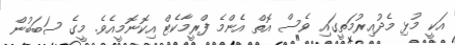
އަކީ މުޅި މެދުއިރުމަތީގައި ވެސް އޮތް އެންމެ ފްރީމާކެޓް އިކޮނޮމީއެވެ. މީގެ ސަބަބުން